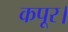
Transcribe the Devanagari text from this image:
कपूर।